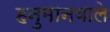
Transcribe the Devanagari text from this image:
हनुमानवाले